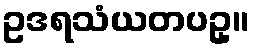
ဥဒရသံယတပဥှ။